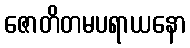
ဇောတိတမပရာယနော